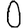
Digit: 0